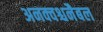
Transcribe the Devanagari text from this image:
अनक्वश्चनैबल